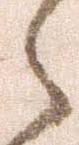
之